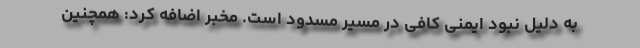
به دلیل نبود ایمنی کافی در مسیر مسدود ‌است. مخبر اضافه کرد: همچنین